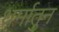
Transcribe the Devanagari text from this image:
धर्मातुन